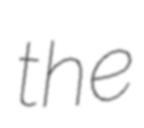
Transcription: the